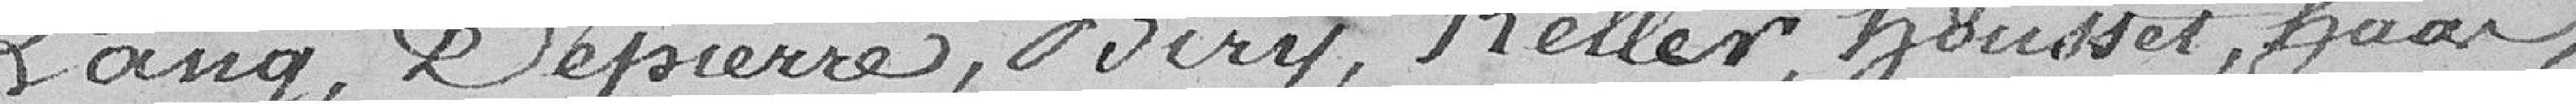
Lang, Dépierre, Biry, Keller, Housset, Haar